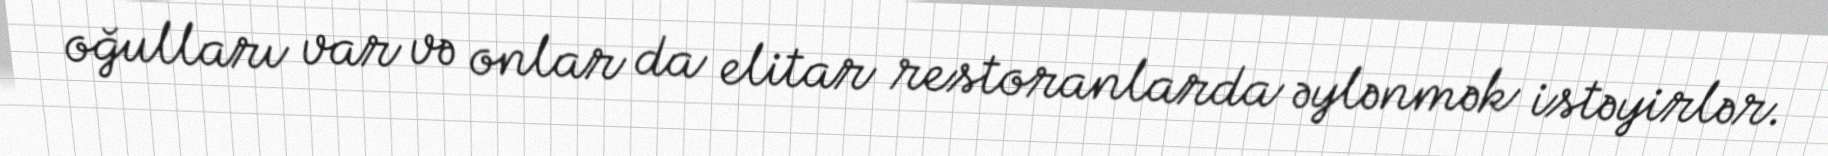
oğulları var və onlar da elitar restoranlarda əylənmək istəyirlər.